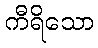
ကီရိသော